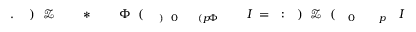
I \! \! \! \! \! \! \! \! \! \! \! \! _ { p \! \! \! \! \! \! \! \! \! \! \! \! _ { \! } \! \! \! \! \! \! \! \! \! \! \! 0 } \! \! \! \! \! \! \! \! \! \! \! \! ( \! \! \! \! \! \! \! \! \! \! \! \! \ensuremath { \mathcal { Z } } \! \! \! \! \! \! \! \! \! \! \! \! ) \! \! \! \! \! \! \! \! \! \! \! \! : \! \! \! \! \! \! \! \! \! \! \! \! = \! \! \! \! \! \! \! \! \! \! \! \! I \! \! \! \! \! \! \! \! \! \! \! \! _ { \! \! \! \! \! \! \! \! \! \! \! \! \Phi \! \! \! \! \! \! \! \! \! \! \! \! ( p \! \! \! \! \! \! \! \! \! \! \! \! _ { \! } \! \! \! \! \! \! \! \! \! \! \! 0 \! \! \! \! \! \! \! \! \! \! \! \! ) } \! \! \! \! \! \! \! \! \! \! \! \! ( \! \! \! \! \! \! \! \! \! \! \! \! \Phi \! \! \! \! \! \! \! \! \! \! \! \! _ { \! } \! \! \! \! \! \! \! \! \! \! \! * \! \! \! \! \! \! \! \! \! \! \! \! \! \! \! \! \! \! \! \! \! \! \! \! \ensuremath { \mathcal { Z } } \! \! \! \! \! \! \! \! \! \! \! \! ) \! \! \! \! \! \! \! \! \! \! \! \! . \! \! \! \! \! \! \! \! \! \! \!